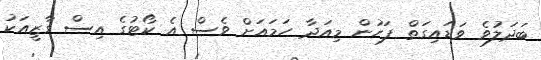
ބަދަލުވެ ވަޑައިގަތް ފަހުން މިއަދާ ހަމައަށް ވެސް އެ ކޯޓުގެ އިސް ގާޒީއަކު